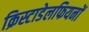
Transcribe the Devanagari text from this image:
क्रिस्टाडेलफियनों